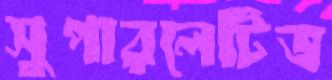
সুপারলেটিভ